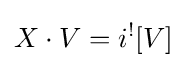
X\cdot V=i^{!}[V]